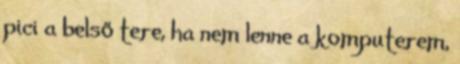
pici a belső tere, ha nem lenne a komputerem,